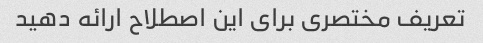
تعریف مختصری برای این اصطلاح ارائه دهید